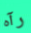
رآه